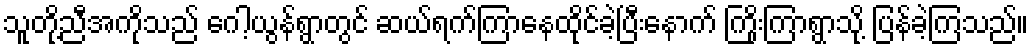
သူတို့ညီအကိုသည် ဂေါ့ယွန်ရွာတွင် ဆယ်ရက်ကြာနေထိုင်ခဲ့ပြီးနောက် ကြိုးကြာရွာသို့ ပြန်ခဲ့ကြသည်။